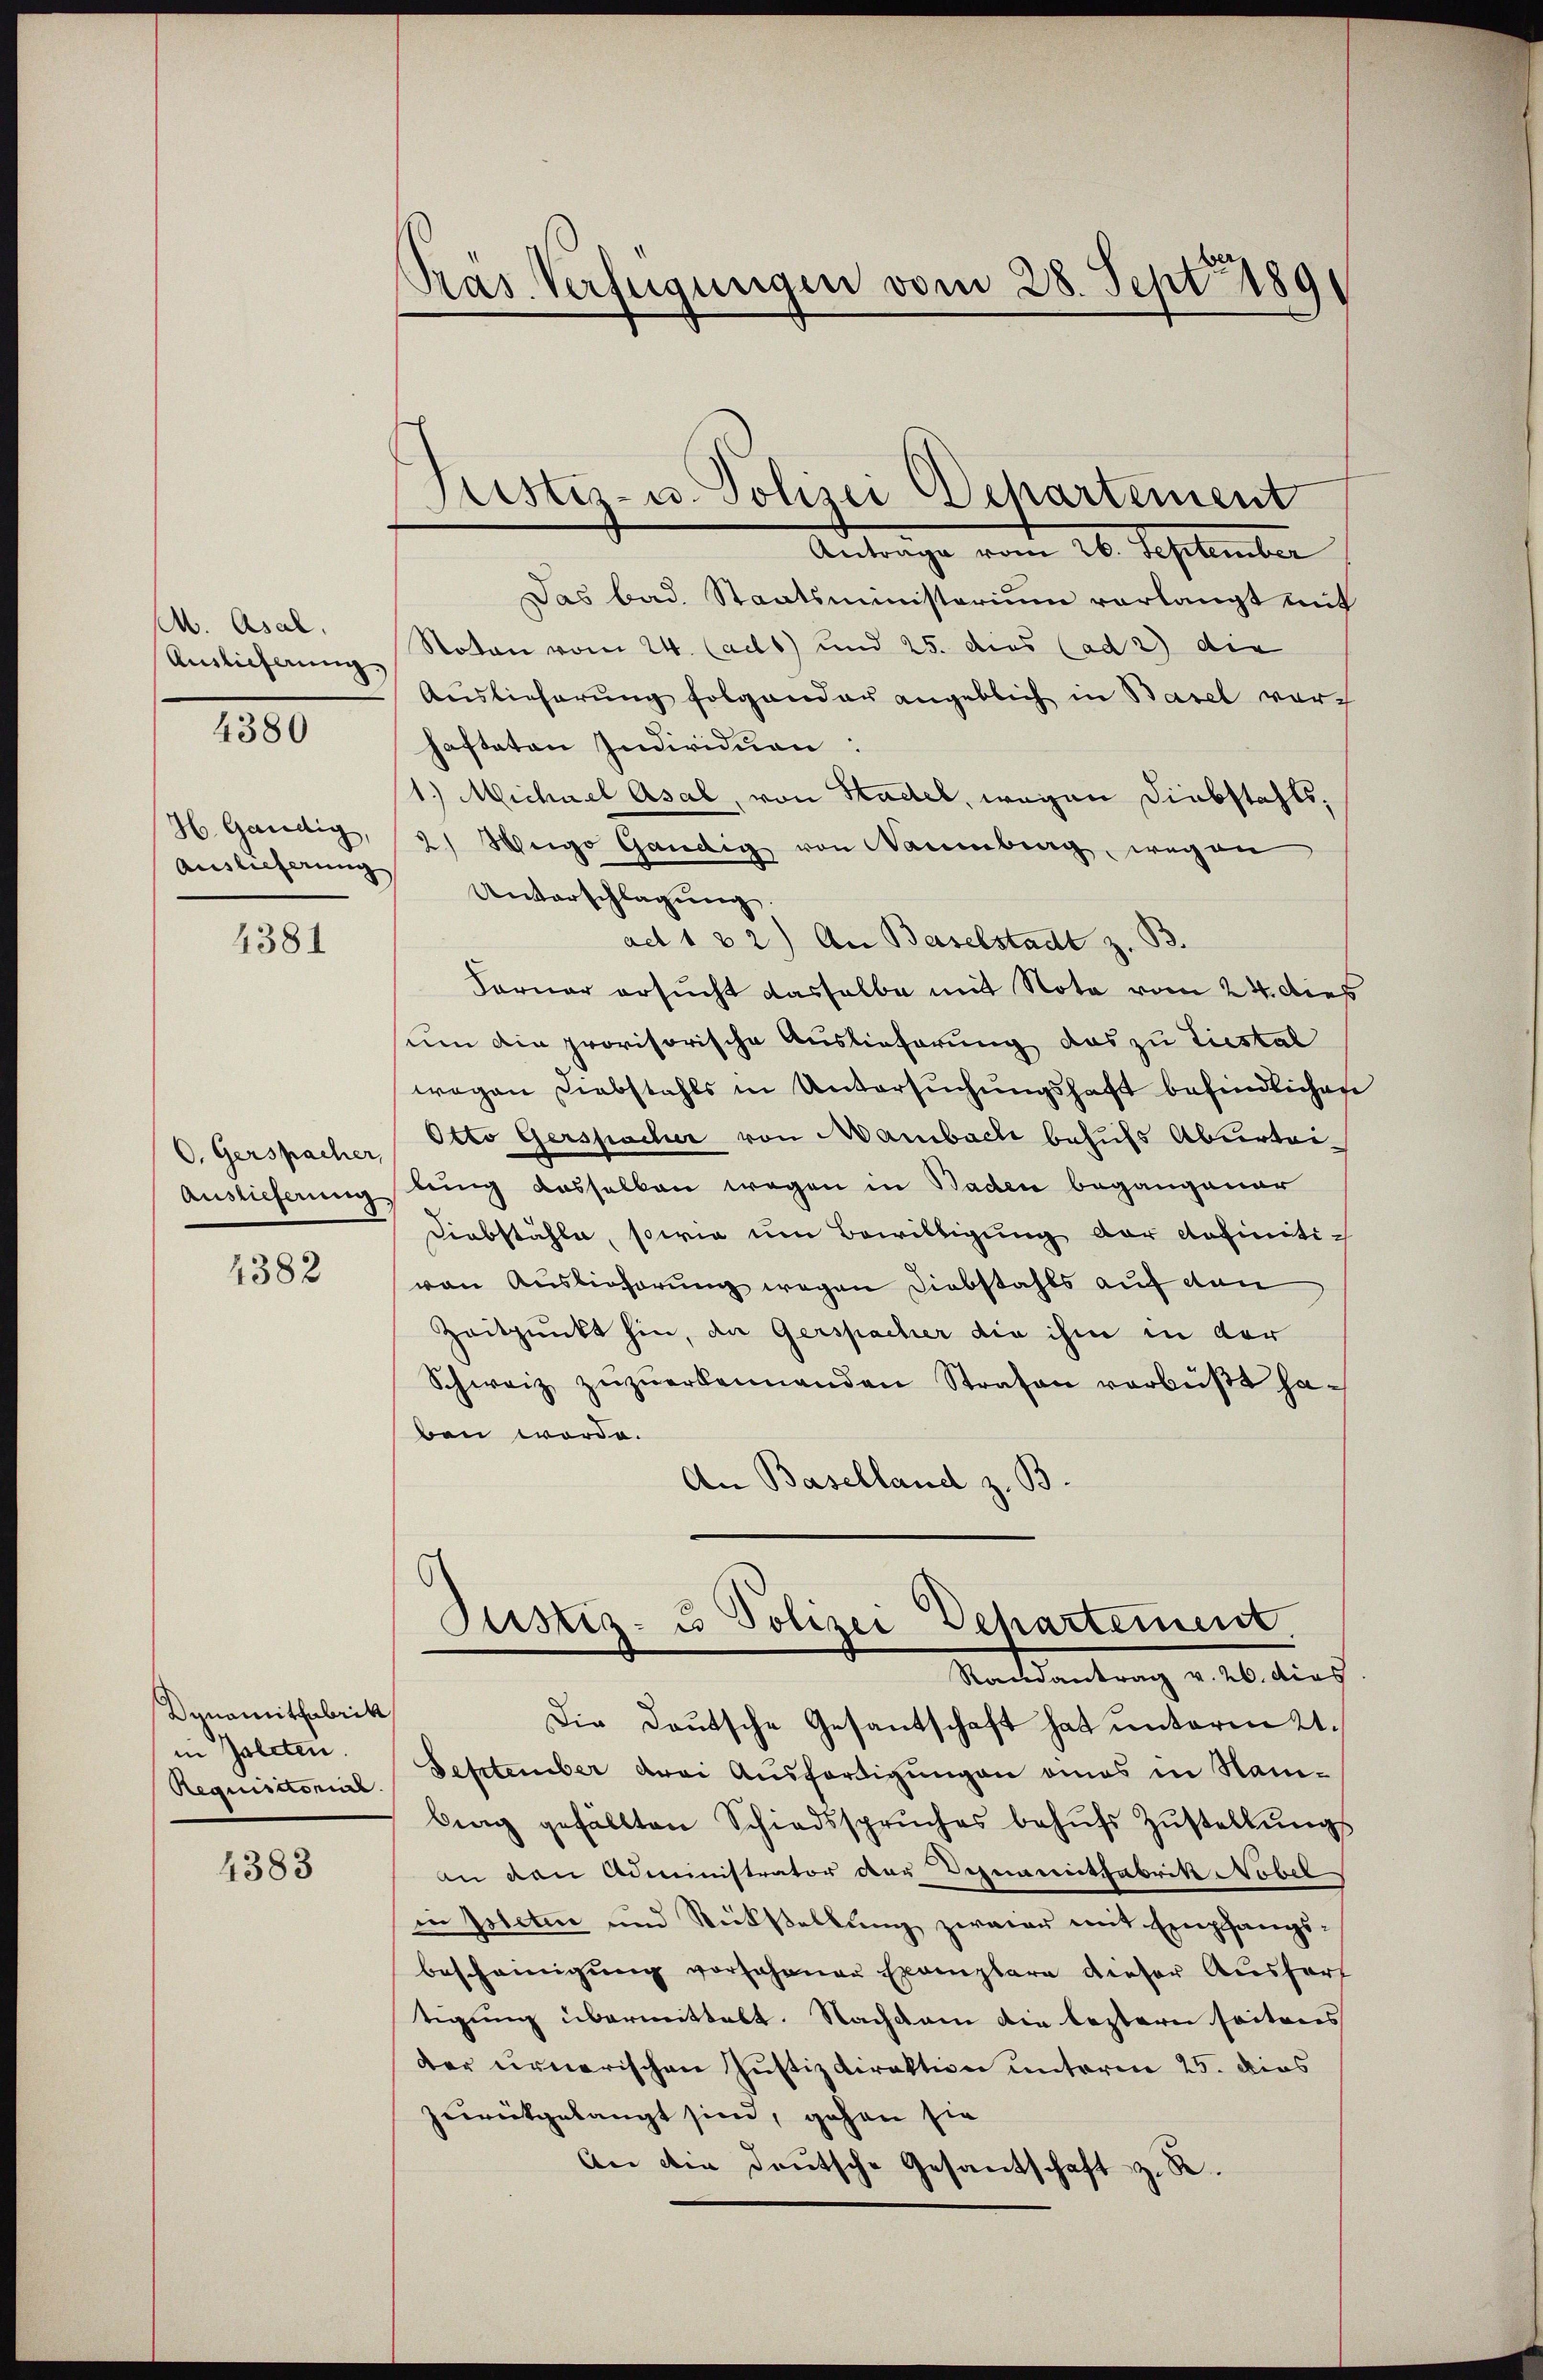
M. Asal.
Auslieferung
4380

H Gandig,
Auslieferung

4381

O. Gerspacher,
Auslieferung

4382

Dynamitfabrik
in Zollten.
Requisitorial

4383

Pras Verfügungen vom 28. Sept 189

Justiz- u. Polizei Departement
Antrage vom 26. September

Das bad. Staatsministerium vorlangt mit
Soton vom 24. (ads) und 25. dies (ad 2) die
Auslieferung folgender angeblich in Basel vorhafteten Individuen:
1.) Michael Asal, von Stadel, wegen Diebstahls¬
2) Weige Gändig von Warmberg, wegen
Unterschlagung
ad 1 32) An Baselstadt z. B.
Forner ersucht dasselbe mit Nota vom 24. dies
um die provisorische Auslieferung das zu Liestal
wegen Diebstahls in Untersuchungshaft befindlichen
Otto Gerspacher von Mambach behufs Aburteilung dasselben wegen in Baden begangener
Diebstähle, sowie um Bewilligung der definitivon Auslieferung wegen Diebstahls auf den
Zeitpunkt hin, da Gerspacher die ihm in der
Schweiz zŭzŭerkennenden Strafen verbüßt ha-
ben worde.
An Baselland z. B.

Justiz- u Polizei Departement.
Randantrag v. 26. dies

Die Deutsche Gesantschaft hat unterm 21.
September drei Ausfertigungen eines in Nambing gefällten Schiedssprŭches behŭfs Zŭstellŭngs
an den Administrator der Dezemmitfabrik Nobel
in Poleten und Rückstellung zwaier mit Empfangsbescheinigung vorhohener Exemplare dieser Ausfert
tigung übermittelt. Nachdem die leztern seitens
der urnerischen Justizdirektion unterm 25. dies
zurückgelangt sind, gehen sie
An die deutsche Gesandschaft z. R.